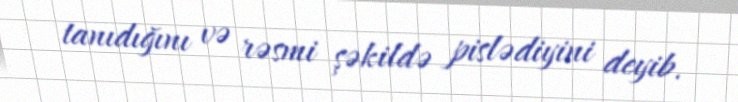
tanıdığını və rəsmi şəkildə pislədiyini deyib.